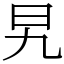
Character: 旯